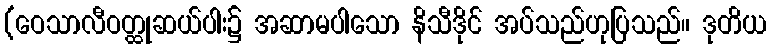
(ဝေသာလီဝတ္ထုဆယ်ပါး၌ အဆာမပါသော နိသီဒိုင် အပ်သည်ဟုပြသည်။ ဒုတိယ